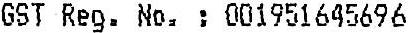
GST REG. NO. : 001951645696